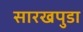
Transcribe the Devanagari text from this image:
सारखपुडा